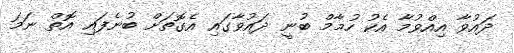
ދައުވާ އިއްވުމާ އެކު ހުމާމް ބުނީ ދައުވާގައި އެގޮތަށް ބުނެފައި އޮތް ނަމަ